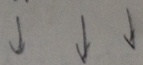
\downarrow \downarrow \downarrow